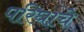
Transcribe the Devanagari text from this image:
परिघाचे